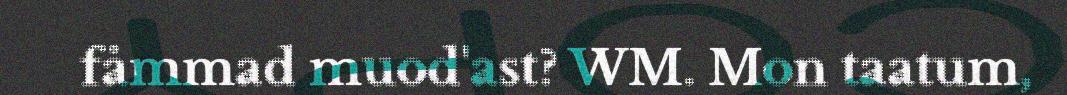
fåmmad muod'ast? WM. Mon taatum,